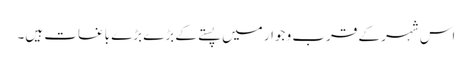
اس شہر کے قرب و جوار میں پستے کے بڑے بڑے باغات ہیں۔